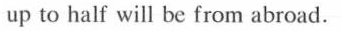
up to half will be from abroad.